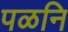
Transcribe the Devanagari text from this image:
पळनि